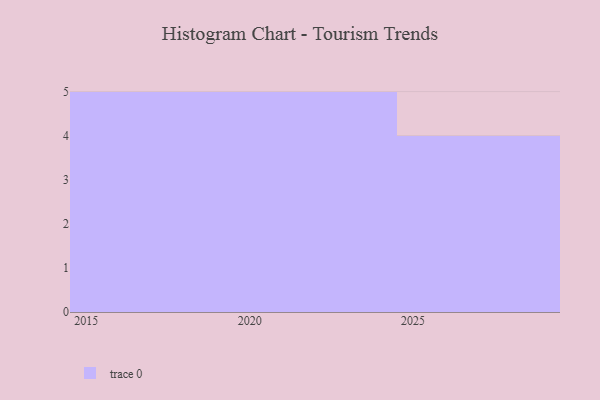
{"axis": {"x": "Year", "y": "Market Share (%)"}, "legend": [""], "data": [{"x": "2024", "y": 93, "type": ""}, {"x": "2016", "y": 14, "type": ""}, {"x": "2021", "y": 30, "type": ""}, {"x": "2020", "y": 57, "type": ""}, {"x": "2023", "y": 7, "type": ""}, {"x": "2022", "y": 31, "type": ""}, {"x": "2025", "y": 99, "type": ""}, {"x": "2017", "y": 11, "type": ""}, {"x": "2027", "y": 93, "type": ""}, {"x": "2019", "y": 94, "type": ""}, {"x": "2029", "y": 70, "type": ""}, {"x": "2015", "y": 71, "type": ""}, {"x": "2018", "y": 47, "type": ""}, {"x": "2026", "y": 85, "type": ""}]}